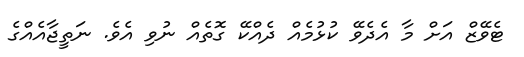
ޓެވޭޒް އަށް މާ އެދެވޭ ކުޅުމެއް ދެއްކޭ ގޮތެއް ނުވި އެވެ. ނަތީޖާއެއްގެ